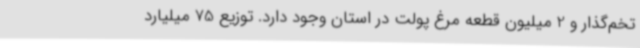
تخم‌گذار و 2 میلیون قطعه مرغ پولت در استان وجود دارد. توزیع 75 میلیارد